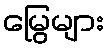
မြွေများ